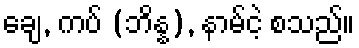
ချေ, ကပ် (ဘိန္န), နာမ်ငဲ့ စသည်။